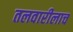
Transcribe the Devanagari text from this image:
तलवारीलाच